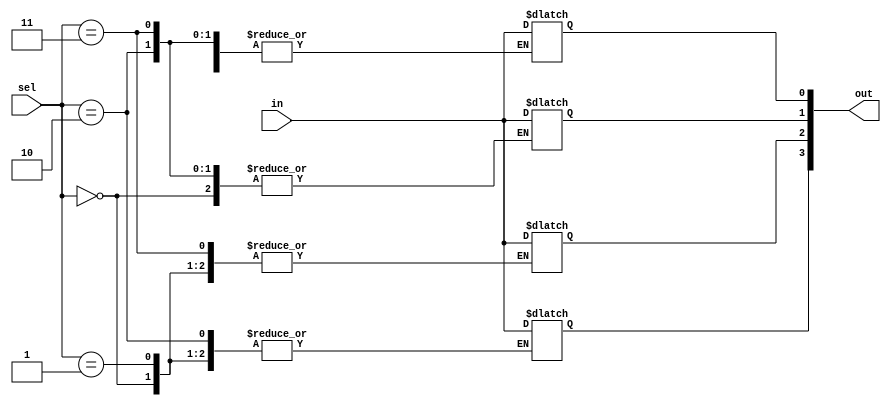
module dec(in, out, sel);
input in;
input [1:0] sel; 
output reg  [3:0] out;
always @(*)
begin
	case(sel)
		2'b00: out[0] = in;
		2'b01: out[1] = in;
		2'b10: out[2] = in;
		2'b11: out[3] = in;
	endcase
end
endmodule